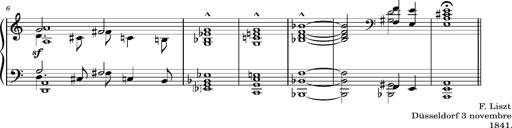
Title: 2 Album-Leaves, S.163f
Composer: Franz Liszt
Key: No.1: C major
 No.2: C major